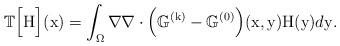
LaTeX: \begin{align*}\mathbb{T}\Big[ \mathrm{H}\Big](\mathrm{x}) = \int_{\Omega} \nabla \nabla\cdot \Big(\mathbb{G}^{(\mathrm{k})}-\mathbb{G}^{(0)}\Big)(\mathrm{x},\mathrm{y})\mathrm{H}(\mathrm{y})d\mathrm{y}.\end{align*}